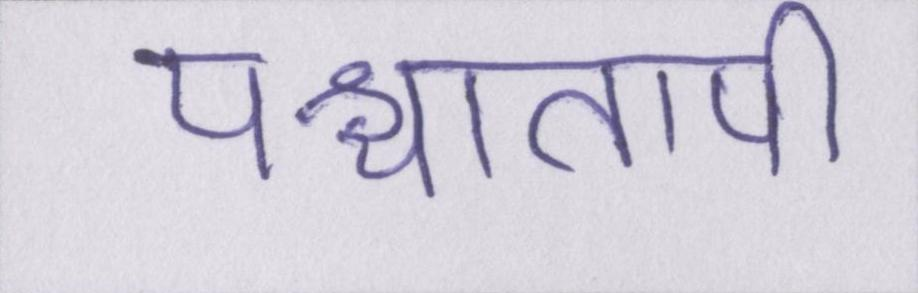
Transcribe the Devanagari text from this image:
पश्चातापी